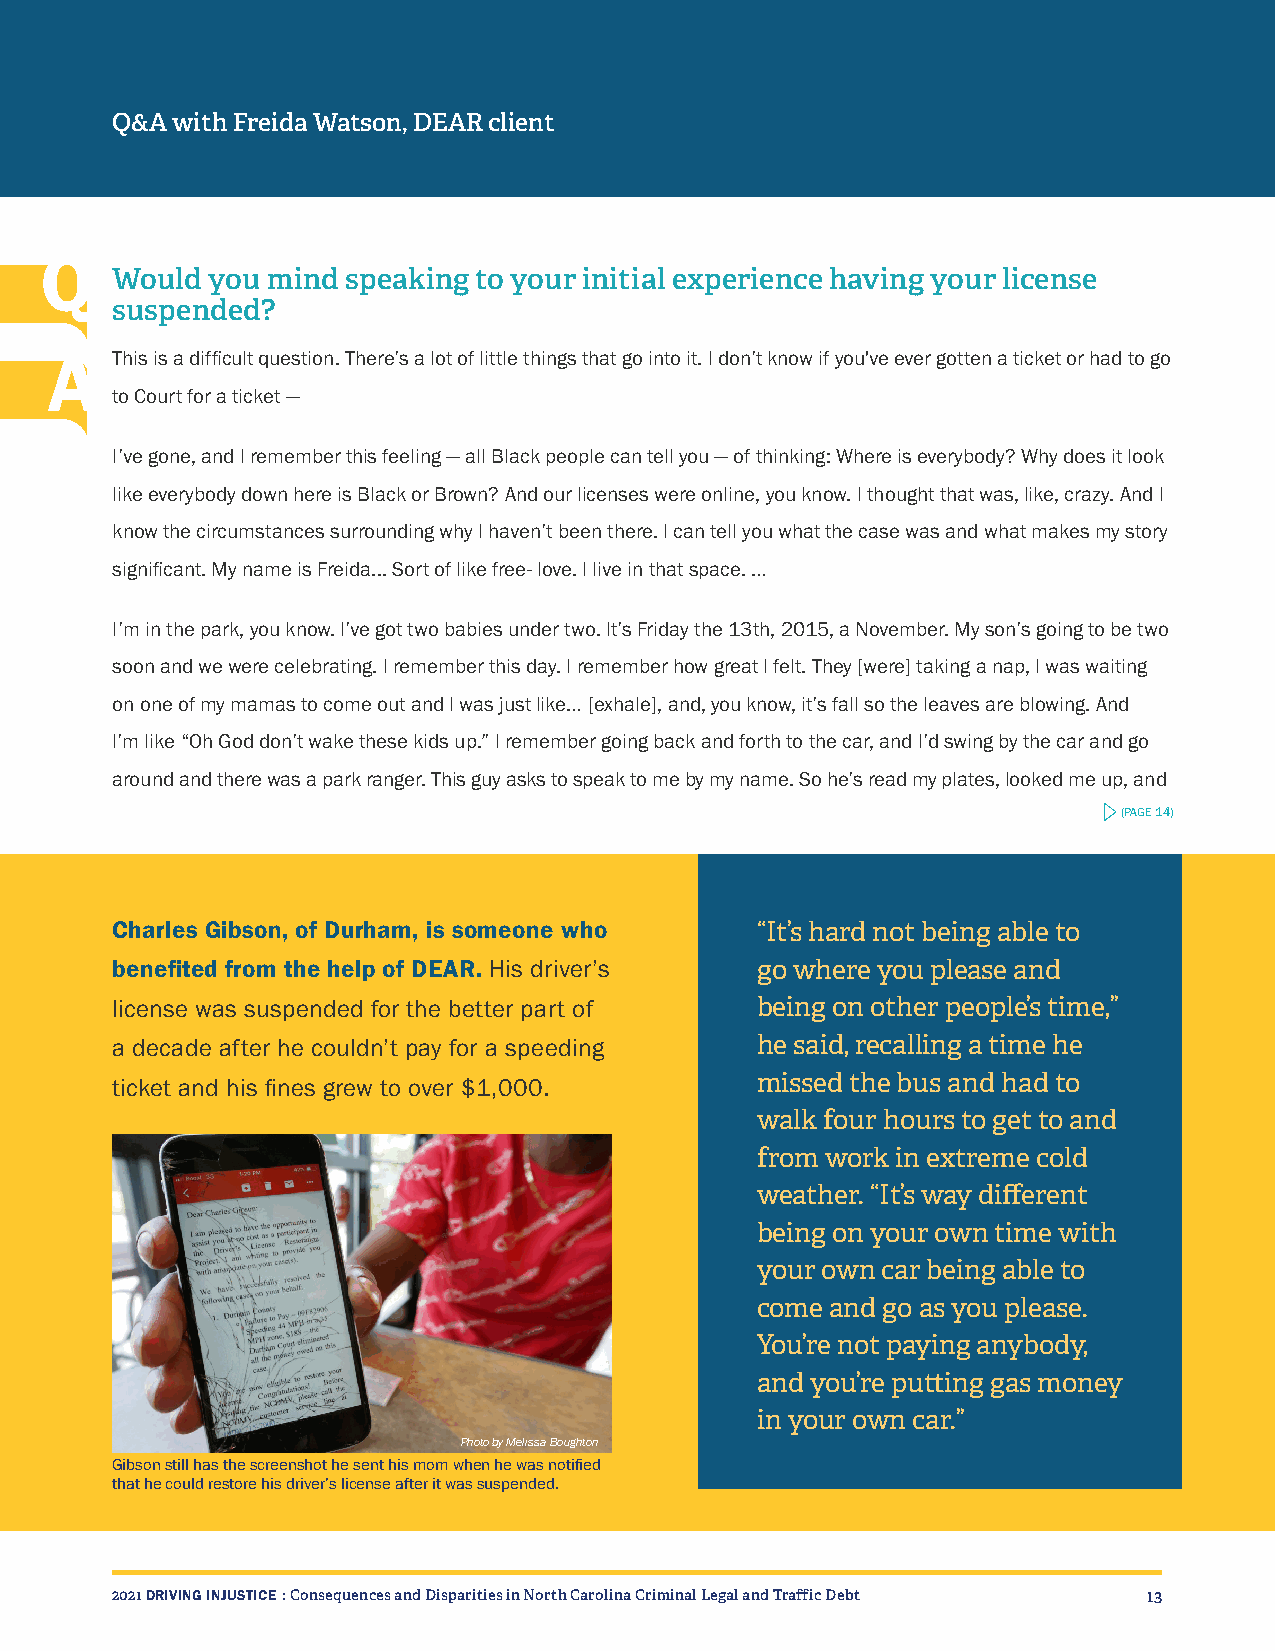
Q&A with Freida Watson, DEAR client
 Q
 Would  you mind speaking to your initial experience having your license
 suspended?
 A   This is a difficult question. There’s a lot of little things that go into it. I don’t know if you've ever gotten a ticket or had to go
 to Court for a ticket —
 I’ve gone, and I remember this feeling — all Black people can tell you — of thinking: Where is everybody? Why does it look
 like everybody down here is Black or Brown? And our licenses were online, you know. I thought that was, like, crazy. And I
 know the circumstances surrounding why I haven’t been there. I can tell you what the case was and what makes my story
 significant. My name is Freida... Sort of like free- love. I live in that space. …
 I’m in the park, you know. I’ve got two babies under two. It’s Friday the 13th, 2015, a November. My son’s going to be two
 soon and we were celebrating. I remember this day. I remember how great I felt. They [were] taking a nap, I was waiting
 on one of my mamas to come out and I was just like… [exhale], and, you know, it’s fall so the leaves are blowing. And
 I’m like “Oh God don’t wake these kids up.” I remember going back and forth to the car, and I’d swing by the car and go
 around and there was a park ranger. This guy asks to speak to me by my name. So he’s read my plates, looked me up, and
 (PAGE 14)
 Charles Gibson, of Durham, is someone who  “It’s hard not being able to
 benefited from the help of DEAR. His driver’s go where you please and
 license was suspended for the better part of being on other people’s time,”
 a decade after he couldn’t pay for a speeding he said, recalling a time he
 ticket and his fines grew to over $1,000.  missed the bus and had to
 walk four hours to get to and
 from work in extreme cold
 weather. “It’s way different
 being on your own time with
 your own car being able to
 come and go as you please.
 You’re not paying anybody,
 and you’re putting gas money
 in your own car.”
 Photo by Melissa Boughton
 Gibson still has the screenshot he sent his mom when he was notified
 that he could restore his driver’s license after it was suspended.
 2021 DRIVING INJUSTICE : Consequences and Disparities in North Carolina Criminal Legal and Traffic Debt 13